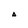
Character: A